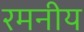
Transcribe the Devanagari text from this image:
रमनीय